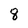
Character: 8